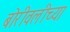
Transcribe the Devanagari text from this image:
बोरीवलीच्या